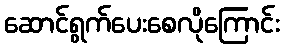
ဆောင်ရွက်ပေးစေလိုကြောင်း